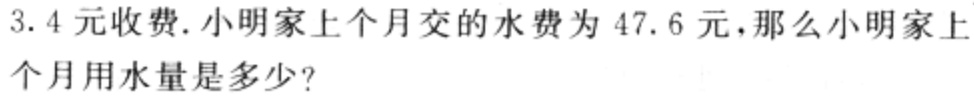
3.4 元收费. 小明家上个月交的水费为 47.6 元, 那么小明家上个月用水量是多少?